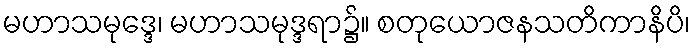
မဟာသမုဒ္ဒေ၊ မဟာသမုဒ္ဒရာ၌။ စတုယောဇနသတိကာနိပိ၊